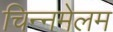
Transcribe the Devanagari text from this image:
चिन्नमेलम